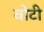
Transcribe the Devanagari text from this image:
वोटी